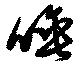
唾